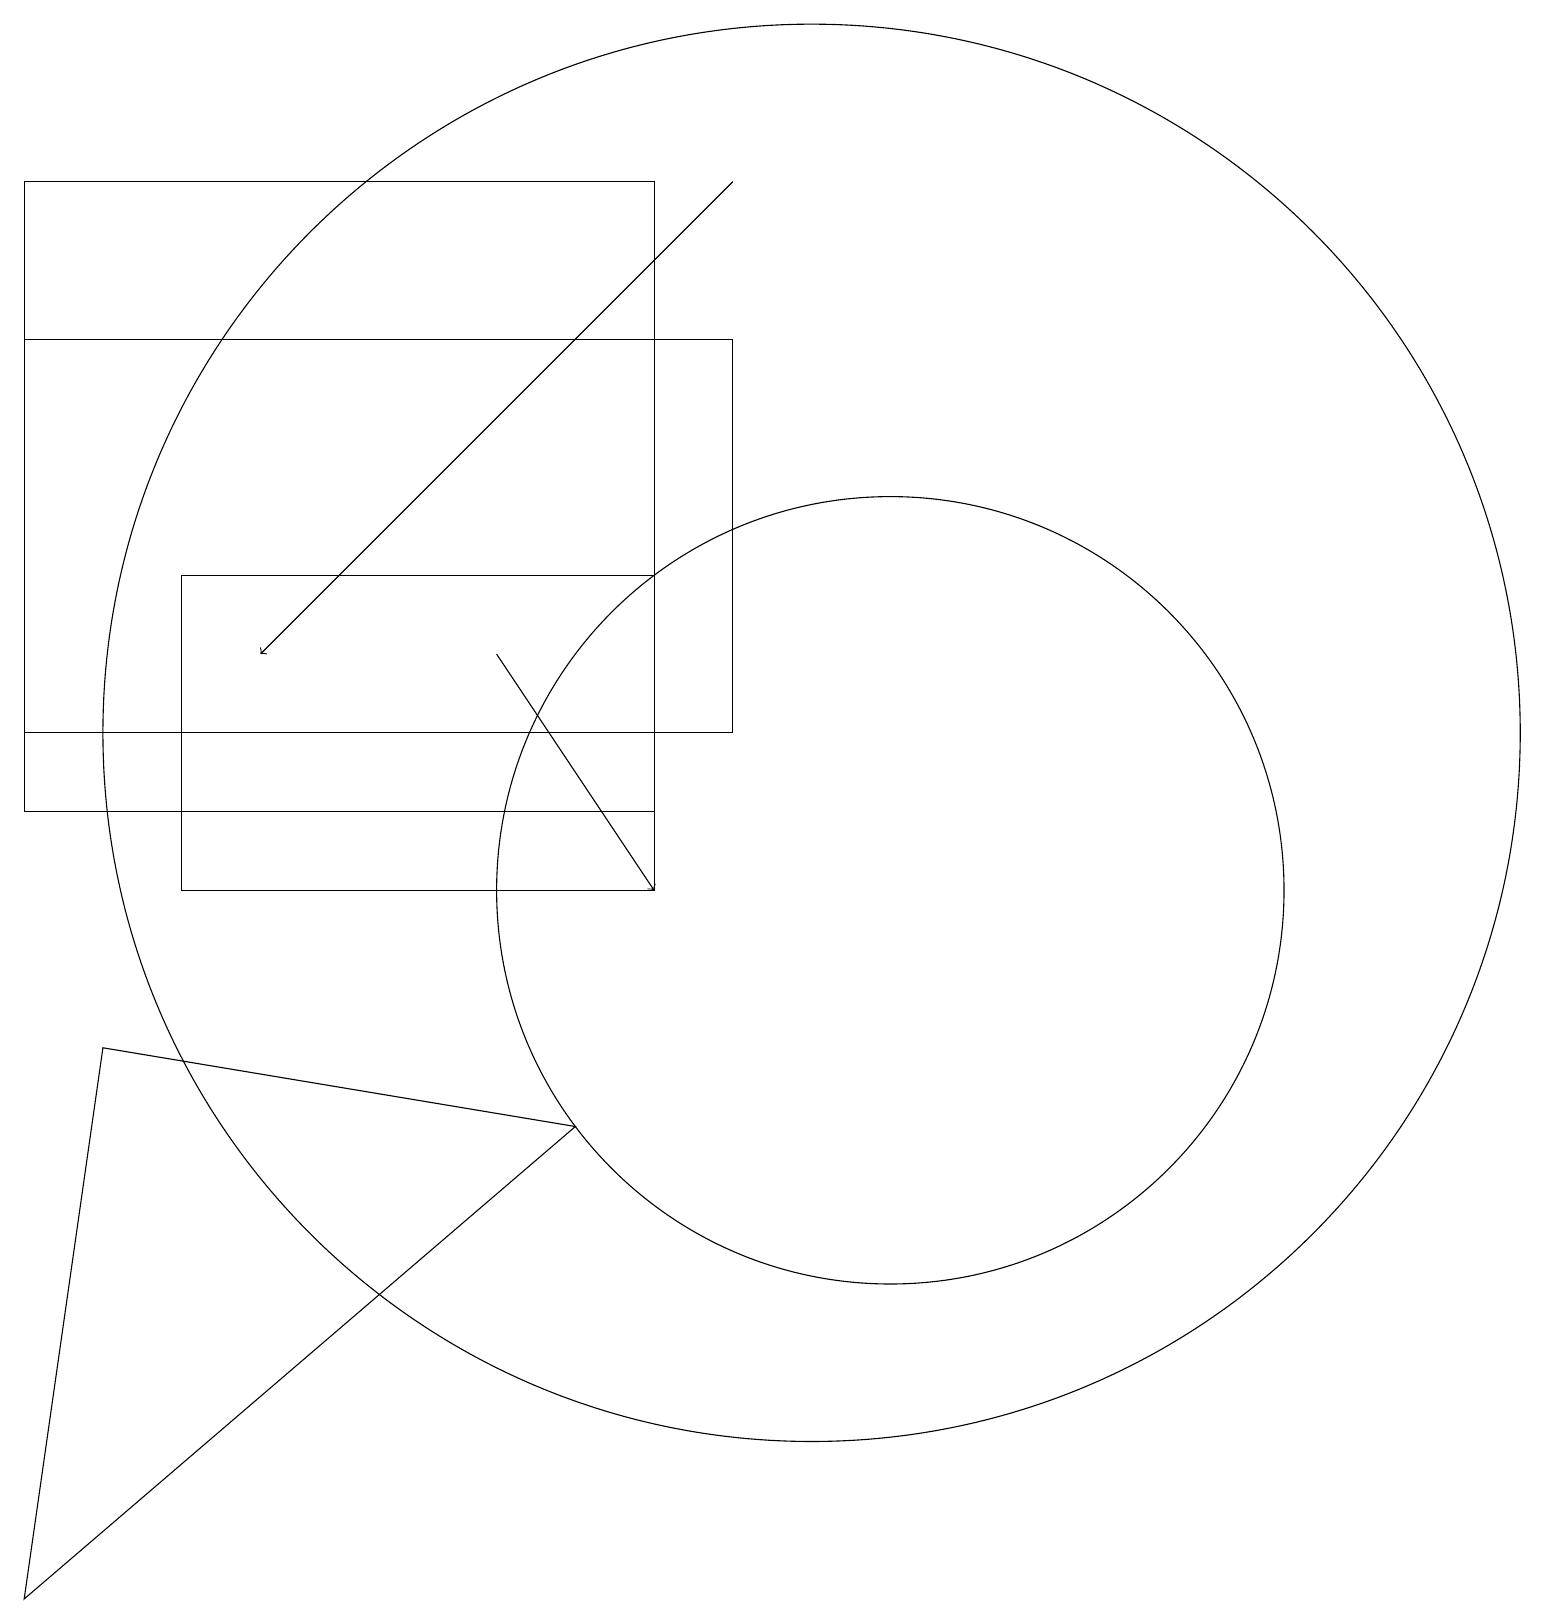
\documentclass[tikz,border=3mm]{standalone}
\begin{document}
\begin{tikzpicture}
\draw (0,1) -- (7,7) -- (1,8) -- cycle;
\draw (2,10) rectangle (8,14);
\draw (8,11) rectangle (0,19);
\draw (0,12) rectangle (9,17);
\draw[->] (9,19) -- (3,13);
\draw (10,12) circle (9);
\draw[->] (6,13) -- (8,10);
\draw (11,10) circle (5);
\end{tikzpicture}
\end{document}